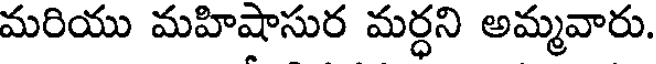
మరియు మహిషాసుర మర్ధని అమ్మవారు.